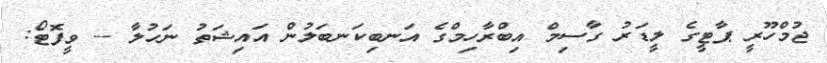
ޖުމްހޫރީ ޕާޓީގެ ލީޑަރު ގާސިމް އިބްރާހިމްގެ އަނބިކަނބަލުން އައިޝަތު ނަހުލާ -- ވީފޮޓޯ: